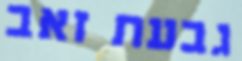
גבעת זאב